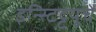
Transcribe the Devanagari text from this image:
इन्स्टिट्टयूचे